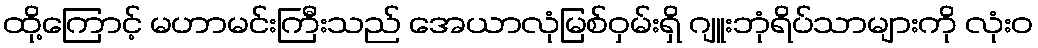
ထို့ကြောင့် မဟာမင်းကြီးသည် အေယာလုံမြစ်ဝှမ်းရှိ ဂျူးဘုံရိပ်သာများကို လုံးဝ